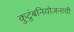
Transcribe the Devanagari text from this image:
कुटुंबनियोजनाची